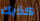
كذبك